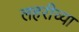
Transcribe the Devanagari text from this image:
लहरीच्या